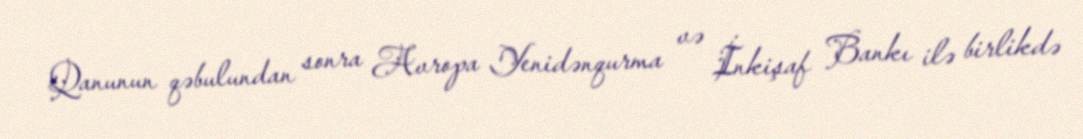
Qanunun qəbulundan sonra Avropa Yenidənqurma və İnkişaf Bankı ilə birlikdə